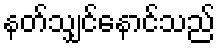
နတ်သျှင်နောင်သည်